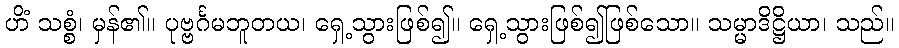
ဟိံ သစ္စံ၊ မှန်၏။ ပုဗ္ဗင်္ဂမဘူတယ၊ ရှေ့သွားဖြစ်၍။ ရှေ့သွားဖြစ်၍ဖြစ်သော။ သမ္မာဒိဋ္ဌိယာ၊ သည်။